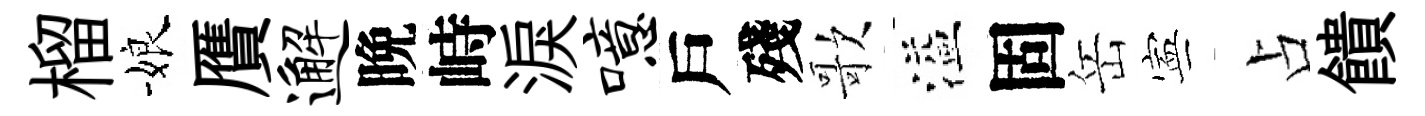
榴娘贋邂晩峙淚噫戶殘歌溢固岳寕占饋